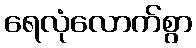
ရေလုံလောက်စွာ